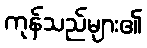
ကုန်သည်များ၏